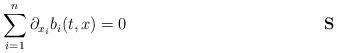
LaTeX: \begin{align*}\sum_{i=1}^{n}\partial_{x_{i}}b_{i}(t,x)=0\tag*{\textbf{S}}\end{align*}